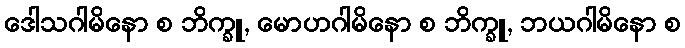
ဒေါသဂါမိနော စ ဘိက္ခူ, မောဟဂါမိနော စ ဘိက္ခူ, ဘယဂါမိနော စ